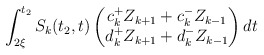
\begin{align*} & \int_{2\xi}^{t_2} S_k(t_2, t) \begin{pmatrix} c_k^{+} Z_{k+1} + c_{k}^{-} Z_{k-1} \\ d_k^{+} Z_{k+1} + d_{k}^{-} Z_{k-1} \end{pmatrix} dt \end{align*}